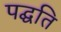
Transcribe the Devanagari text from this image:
पद्घति